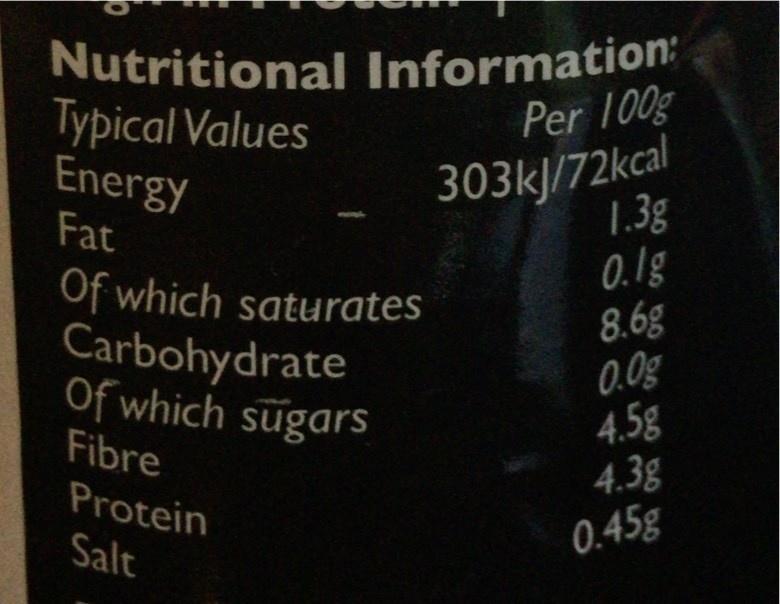
Nutritional Information: Typical Values Energy Fat
Per 100g
303kJ/72kcal
Of which saturates Carbohydrate Of which sugars Fibre
1.3g 0.1g 8.6g 0.0g 4.5g 4.3g 0.45g
Protein
Salt